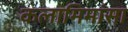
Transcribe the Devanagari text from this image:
कलामिमांसा